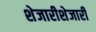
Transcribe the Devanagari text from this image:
शेजारीशेजारी